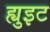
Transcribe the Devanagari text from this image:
ह्युइट